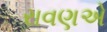
રાવણએ